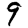
Digit: 9